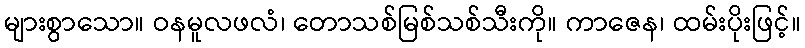
များစွာသော။ ဝနမူလဖလံ၊ တောသစ်မြစ်သစ်သီးကို။ ကာဇေန၊ ထမ်းပိုးဖြင့်။